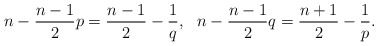
\begin{align*}n-\frac{n-1}{2}p=\frac{n-1}{2}-\frac{1}{q},\ \ n-\frac{n-1}{2}q=\frac{n+1}{2}-\frac{1}{p}.\end{align*}